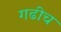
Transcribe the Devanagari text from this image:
गढीच